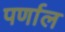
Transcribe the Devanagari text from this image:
पर्णाल